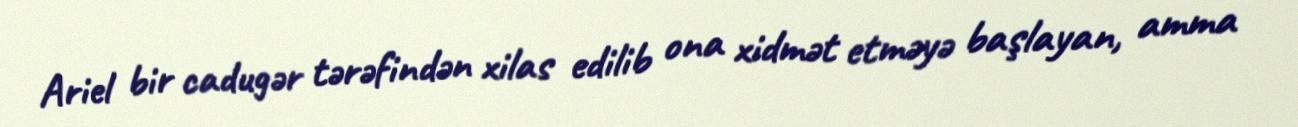
Ariel bir cadugər tərəfindən xilas edilib ona xidmət etməyə başlayan, amma